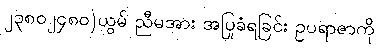
၂၃၈၀၂၄၈၀)ယွမ် ညီမအား အပြုခံရခြင်း ဥပရာဇာကို